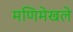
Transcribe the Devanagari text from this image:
मणिमेखले